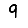
Digit: 9